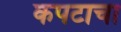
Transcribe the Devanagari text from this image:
कपटाचा